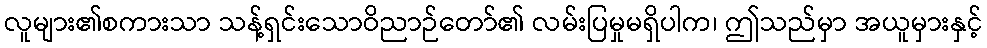
လူများ၏စကားသာ သန့်ရှင်းသောဝိညာဉ်တော်၏ လမ်းပြမှုမရှိပါက၊ ဤသည်မှာ အယူမှားနှင့်